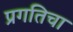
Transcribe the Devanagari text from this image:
प्रगतिचा